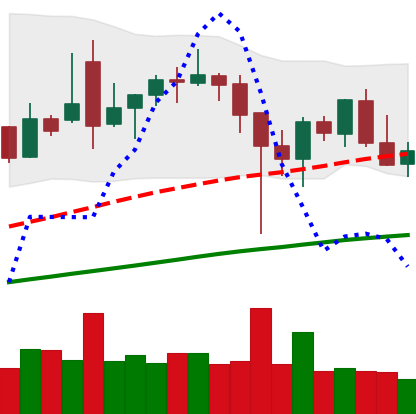
Ticker: BNB-USD
Chart end date: 2021-12-11
Forward return: -6.747%
Label: down_5_7